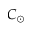
C _ { \odot }